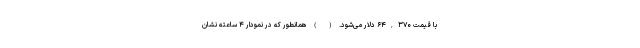
با قیمت ۶۴,۳۷۰ دلار می‌شود. ( ) همانطور که در نمودار ۴ ساعته نشان